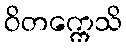
ဝိတက္ကေသိ